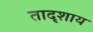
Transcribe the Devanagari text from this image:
तादृशाय